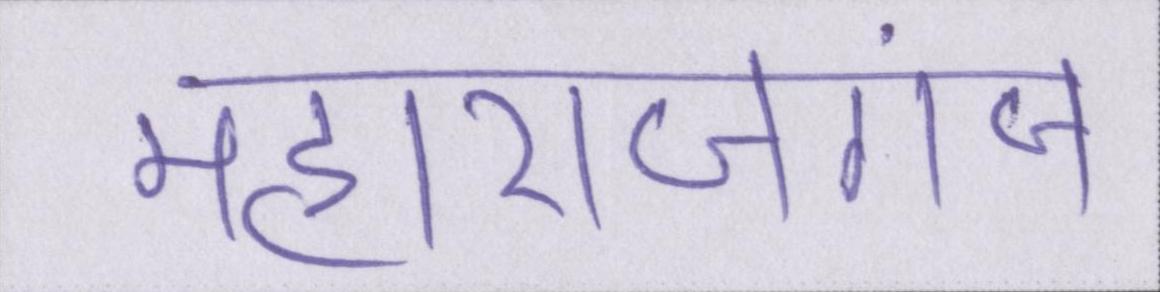
महाराजगंज